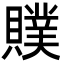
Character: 贌